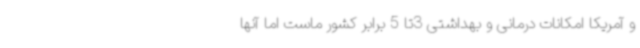
و آمریکا امکانات درمانی و بهداشتی 3تا 5 برابر کشور ماست اما آنها